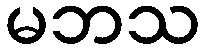
မဘသ